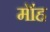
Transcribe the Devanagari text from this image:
मॉह